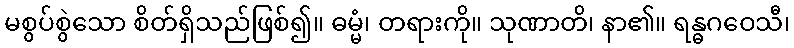
မစွပ်စွဲသော စိတ်ရှိသည်ဖြစ်၍။ ဓမ္မံ၊ တရားကို။ သုဏာတိ၊ နာ၏။ ရန္ဓဂဝေသီ၊